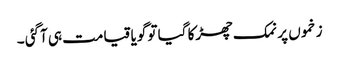
زخموں پر نمک چھڑکا گیا تو گویا قیامت ہی آگئی ۔